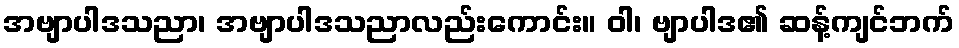
အဗျာပါဒသညာ၊ အဗျာပါဒသညာလည်းကောင်း။ ဝါ၊ ဗျာပါဒ၏ ဆန့်ကျင်ဘက်